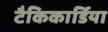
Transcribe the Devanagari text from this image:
टैकिकार्डिया